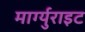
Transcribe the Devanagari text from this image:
मार्ग्युराइट